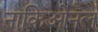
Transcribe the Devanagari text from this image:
नाकिओनल